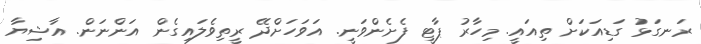
ރަނގަޅު ގަޑިއަކަށް ތިއައީ. މިހާރު ޕާޓީ ފެށެންވަނީ. އަވަހަށްދޭ ރީތިވެލައިގެން އަންނަން. އާޝިޔާ